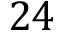
2 4